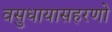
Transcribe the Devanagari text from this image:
वसुधायासहरणो